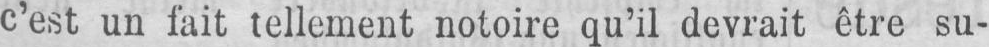
c’est un fait tellement notoire qu’il devrait être su-